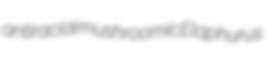
antiracial mushroomic Elaphurus